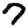
Digit: 7